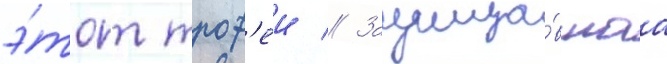
э́тот троф'еи // Защища́вшаа